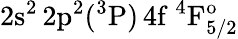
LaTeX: \mathrm{2s^{2}\, 2p^{2}(^{3}P)\, 4f~^{4}F_{5/2}^{o}}